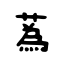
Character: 蒍